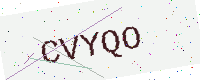
Text: CVYQO